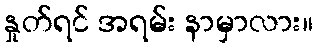
နှုတ်ရင် အရမ်း နာမှာလား။